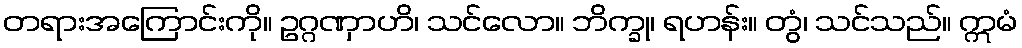
တရားအကြောင်းကို။ ဥဂ္ဂဏှာဟိ၊ သင်လော။ ဘိက္ခု၊ ရဟန်း။ တွံ၊ သင်သည်။ ဣမံ